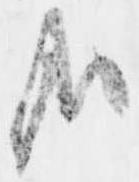
哉